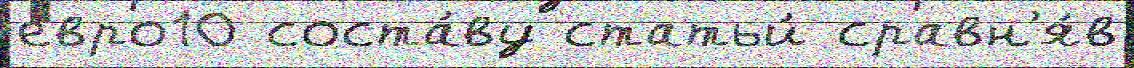
евро10 соста́ву статьи́ сравн'я́в